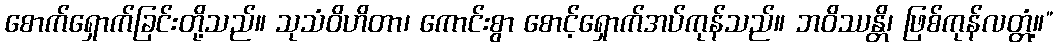
စောက်ရှောက်ခြင်းတို့သည်။ သုသံဝိဟိတာ၊ ကောင်းစွာ စောင့်ရှောက်အပ်ကုန်သည်။ ဘဝိဿန္တိ၊ ဖြစ်ကုန်လတ္တံ့။”